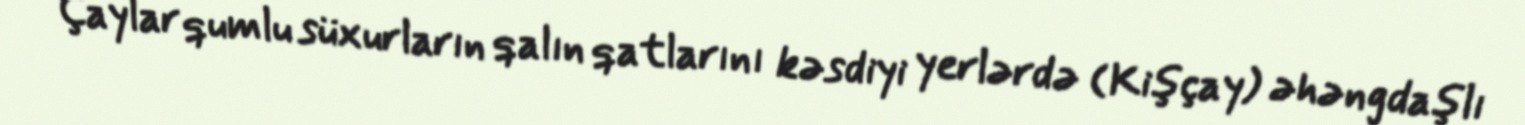
Çaylar qumlu süxurların qalın qatlarını kəsdiyi yerlərdə (Kişçay) əhəngdaşlı